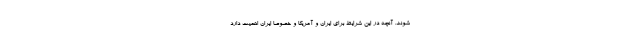
شوند. آنچه در اين شرايط براي ايران و آمريكا و خصوصا ايران اهميت دارد